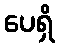
ပေရှိ